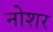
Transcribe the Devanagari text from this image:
नोशर